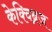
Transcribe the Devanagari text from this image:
केक्विब्रज